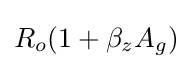
R_{o}(1+\beta _{z}A_{g})